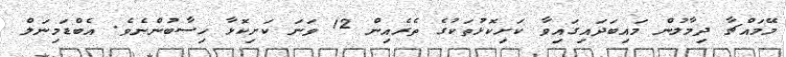
މޭމައްޗާ ދިމާލުން މައިބަދައިގައިވާ ކަށިކޮޅުތަކުގެ ތެރެއިން 12 ވަނަ ކަށިކޮޅާ ހިސާބުންނެވެ. އެބްޑަމިނަލް